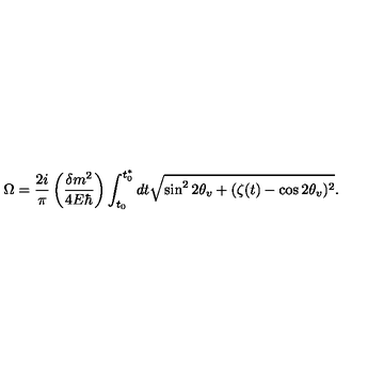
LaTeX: \Omega = \frac { 2 i } { \pi } \left( \frac { \delta m ^ { 2 } } { 4 E \hbar } \right) \int _ { t _ { 0 } } ^ { t _ { 0 } ^ { * } } { d t \sqrt { \sin ^ { 2 } { 2 \theta _ { v } } + ( \zeta ( t ) - \cos { 2 \theta _ { v } } ) ^ { 2 } } } .